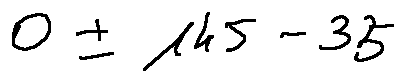
0 \pm 1 4 5 - 3 5